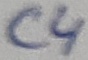
Text: C4